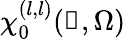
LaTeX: \chi_{0}^{(l,l)}(\boldsymbol{\mathscr{Q}},\Omega)